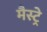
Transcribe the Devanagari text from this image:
मैस्ट्रे